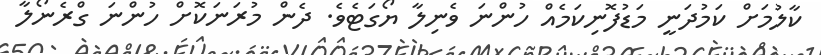
ކާލުމަށް ކަމުދަނީ މަޑުފޮނިކަމެއް ހުންނަ ވެނިލާ ޔޯގަޓެވެ. ދެން މުރަނަކޮށް ހުންނަ ގްރެނޯލާ